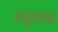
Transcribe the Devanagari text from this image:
खूंखद